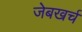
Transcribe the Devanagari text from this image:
जेबखर्च